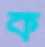
ক